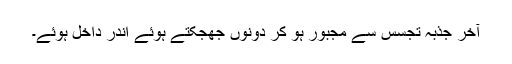
آخر جذبہ تجسس سے مجبور ہو کر دونوں جھجکتے ہوئے اندر داخل ہوئے۔